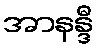
အာနန္ဒီ